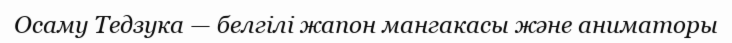
Осаму Тедзука — белгілі жапон мангакасы және аниматоры